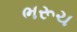
ભરૂચ